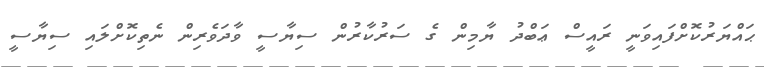
ޙައްޔަރުކޮށްފައިވަނީ ރައީސް ޢަބްދު ޔާމިން ގެ ސަރުކާރުން ސިޔާސީ ވާދަވެރިން ނެތިކޮށްލައި ސިޔާސީ